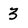
Character: 3